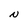
Character: N